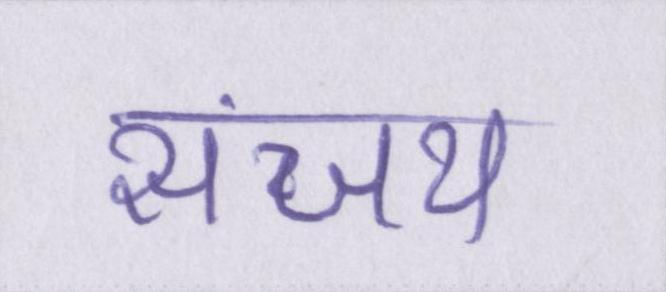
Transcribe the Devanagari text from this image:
संजय